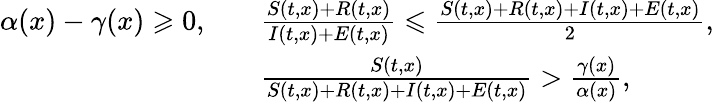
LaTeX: \begin{array}{rl}{\alpha(x)-\gamma(x)\geqslant 0,\quad}&{\frac{S(t,x)+R(t,x)}{I(t,x)+E(t,x)}\leqslant\frac{S(t,x)+R(t,x)+I(t,x)+E(t,x)}{2},}\\ &{\frac{S(t,x)}{S(t,x)+R(t,x)+I(t,x)+E(t,x)}>\frac{\gamma(x)}{\alpha(x)},}\end{array}